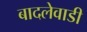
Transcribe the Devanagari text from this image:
बादलेवाडी